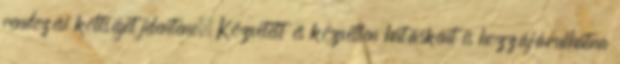
rendezési költséget jelentene. Közvetett és közvetlen hatásként is hozzájárulhatna